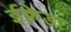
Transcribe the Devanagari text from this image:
ईक्वेडर